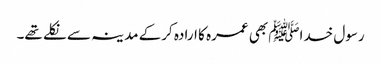
رسول خداﷺ بھی عمرہ کا ارادہ کرکے مدینہ سے نکلے تھے۔